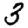
Digit: 3